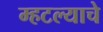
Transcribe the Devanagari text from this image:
म्हटल्याचे